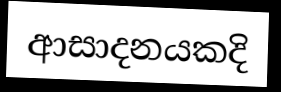
ආසාදනයකදි